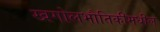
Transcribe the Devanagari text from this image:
खगोलभौतिकीमधील